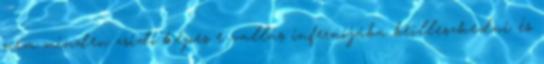
nem minden zsidó képes e vallás infernójába beilleszkedni és